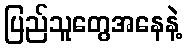
ပြည်သူတွေအနေနဲ့